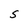
Character: S